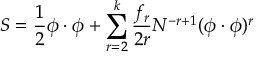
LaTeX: S = \frac 1 2 \phi \cdot \phi + \sum _ { r = 2 } ^ { k } \frac { f _ { r } } { 2 r } N ^ { - r + 1 } ( \phi \cdot \phi ) ^ { r }